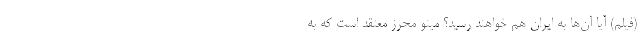
(فیلم) آیا آن‌ها به ایران هم خواهند رسید؟ مینو محرز معتقد است که به